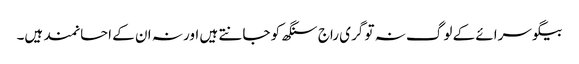
بیگو سرائے کے لوگ نہ تو گری راج سنگھ کو جانتے ہیں اور نہ ان کے احسانمند ہیں۔